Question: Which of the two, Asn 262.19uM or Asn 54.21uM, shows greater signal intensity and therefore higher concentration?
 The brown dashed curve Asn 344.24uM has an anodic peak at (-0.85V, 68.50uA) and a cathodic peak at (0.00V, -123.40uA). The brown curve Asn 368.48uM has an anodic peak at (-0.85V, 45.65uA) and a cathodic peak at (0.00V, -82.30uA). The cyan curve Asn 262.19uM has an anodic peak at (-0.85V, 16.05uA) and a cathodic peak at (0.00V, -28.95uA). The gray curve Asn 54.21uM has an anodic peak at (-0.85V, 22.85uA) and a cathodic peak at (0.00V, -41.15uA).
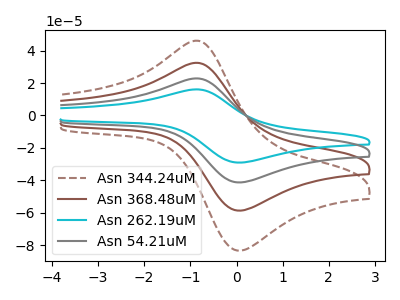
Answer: <think>All the peaks in "Asn 262.19uM" have a peak in "Asn 54.21uM" at the same potential. Every peak in "Asn 262.19uM" is lower than every peak in "Asn 54.21uM".
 </think>
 <answer>"Asn 262.19uM" has less signal than "Asn 54.21uM" and so likely has a lower concentration.</answer>
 <eval>less_concentration</eval>